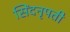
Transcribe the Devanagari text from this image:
सिंदनृपती